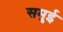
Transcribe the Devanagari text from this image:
समुई